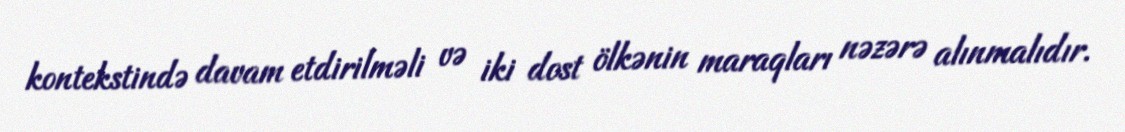
kontekstində davam etdirilməli və iki dost ölkənin maraqları nəzərə alınmalıdır.